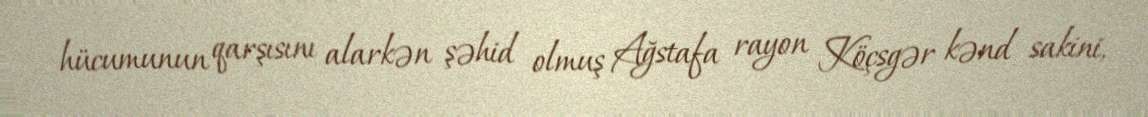
hücumunun qarşısını alarkən şəhid olmuş Ağstafa rayon Köçsgər kənd sakini,